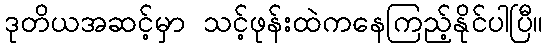
ဒုတိယအဆင့်မှာ သင့်ဖုန်းထဲကနေကြည့်နိုင်ပါပြီ။